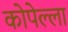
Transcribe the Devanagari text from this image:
कोपेल्ला